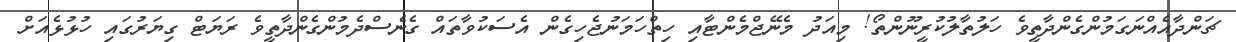
ޗަންދާއެއްނަގަމުންގެންދާތީވެ ހަލުތާލުކުރީނޫންތޯ! މިއަދު މެނޭޖްމެންޓާއި ހިތްހަމަނުޖެހިގެން އެސަކުވާތައް ގެނެސްދެމުންގެންދާތީވެ ރަޔަޓް ގިޔަރުގައި ހުޅުޅެއަށް